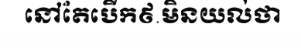
នៅតែបើក៩.មិនយល់ថា